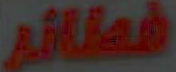
فطائر